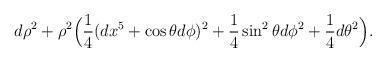
LaTeX: \begin{align*}d\rho^2 + \rho^2\Big( {1 \over 4} (dx^5 + \cos\theta d\phi)^2 +{1 \over 4} \sin^2\theta d\phi^2 + {1\over 4} d\theta^2 \Big).\end{align*}